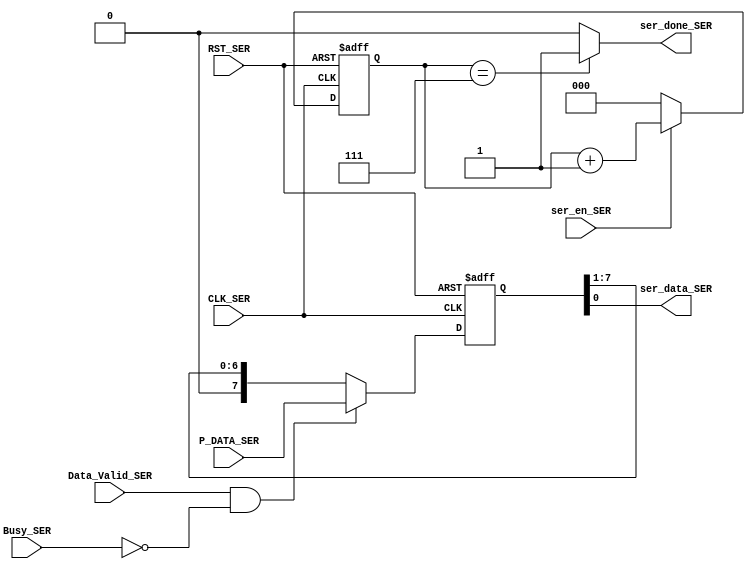

module seriallizer_uart_tx #(parameter DATA_SIZE=8)( 
	  input   wire                     CLK_SER,
	  input   wire                     RST_SER,
    input   wire   [DATA_SIZE-1:0]   P_DATA_SER,
    input   wire                     ser_en_SER,
    input   wire                     Busy_SER,
	  input   wire                     Data_Valid_SER,
    output  reg                      ser_data_SER,
    output  reg                      ser_done_SER);

//internal Signals
 reg   [DATA_SIZE-1 :0] DATA;
 reg   [2:0]            count;
 
 always@(posedge CLK_SER or negedge RST_SER)
     begin
       if (!RST_SER)
         begin
           DATA<='b0;
          end
	   else if(Data_Valid_SER && !Busy_SER)
         begin
           DATA<=P_DATA_SER; 
         end
       else
           DATA<=DATA>>1;
	end	   
	
always@(posedge CLK_SER or negedge RST_SER)
     begin
       if (!RST_SER)
        count<='b0;
       else if(ser_en_SER)
       	count<=count+1;
       else	  	
        count<='b0;
	 end
	 
always@(*)
     begin
      ser_data_SER=DATA[0];
      if(count==3'b111)
        ser_done_SER='b1;
	    else
        ser_done_SER='b0;
      end		
endmodule